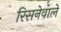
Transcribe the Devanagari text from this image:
रिसनेवाले